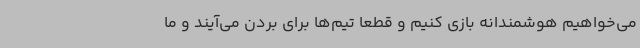
می‌خواهیم هوشمندانه بازی کنیم و قطعا تیم‌ها برای بردن می‌آیند و ما